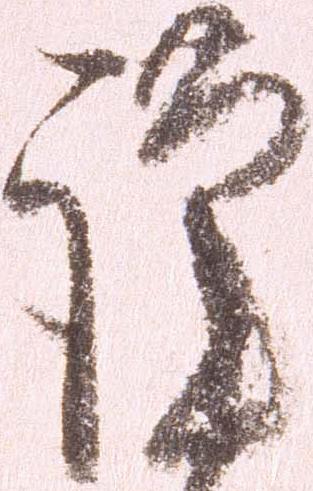
謹